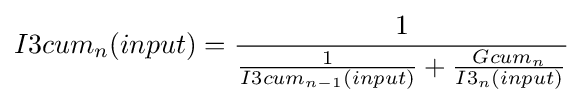
I3cum_{n}(input)={\frac {1}{{\frac {1}{I3cum_{n-1}(input)}}+{\frac {Gcum_{n}}{I3_{n}(input)}}}}